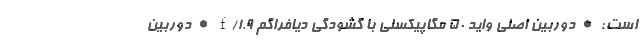
است: • دوربین اصلی واید 50 مگاپیکسلی با گشودگی دیافراگم f/1.9 • دوربین